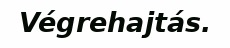
Végrehajtás.